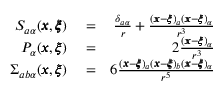
\begin{array} { r l r } { S _ { a \alpha } ( { \pmb x } , { \pmb \xi } ) } & { { } = } & { \frac { \delta _ { a \alpha } } { r } + \frac { ( { \pmb x } - { \pmb \xi } ) _ { a } ( { \pmb x } - { \pmb \xi } ) _ { \alpha } } { r ^ { 3 } } } \\ { P _ { \alpha } ( { \pmb x } , { \pmb \xi } ) } & { { } = } & { 2 \frac { ( { \pmb x } - { \pmb \xi } ) _ { \alpha } } { r ^ { 3 } } } \\ { \Sigma _ { a b \alpha } ( { \pmb x } , { \pmb \xi } ) } & { { } = } & { 6 \frac { ( { \pmb x } - { \pmb \xi } ) _ { a } ( { \pmb x } - { \pmb \xi } ) _ { b } ( { \pmb x } - { \pmb \xi } ) _ { \alpha } } { r ^ { 5 } } } \end{array}